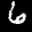
Digit: 6